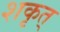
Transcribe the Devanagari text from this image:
शकृत्